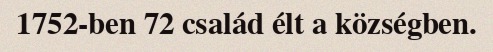
1752-ben 72 család élt a községben.